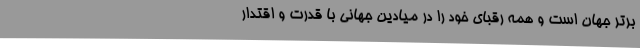
برتر جهان است و همه رقبای خود را در میادین جهانی با قدرت و اقتدار